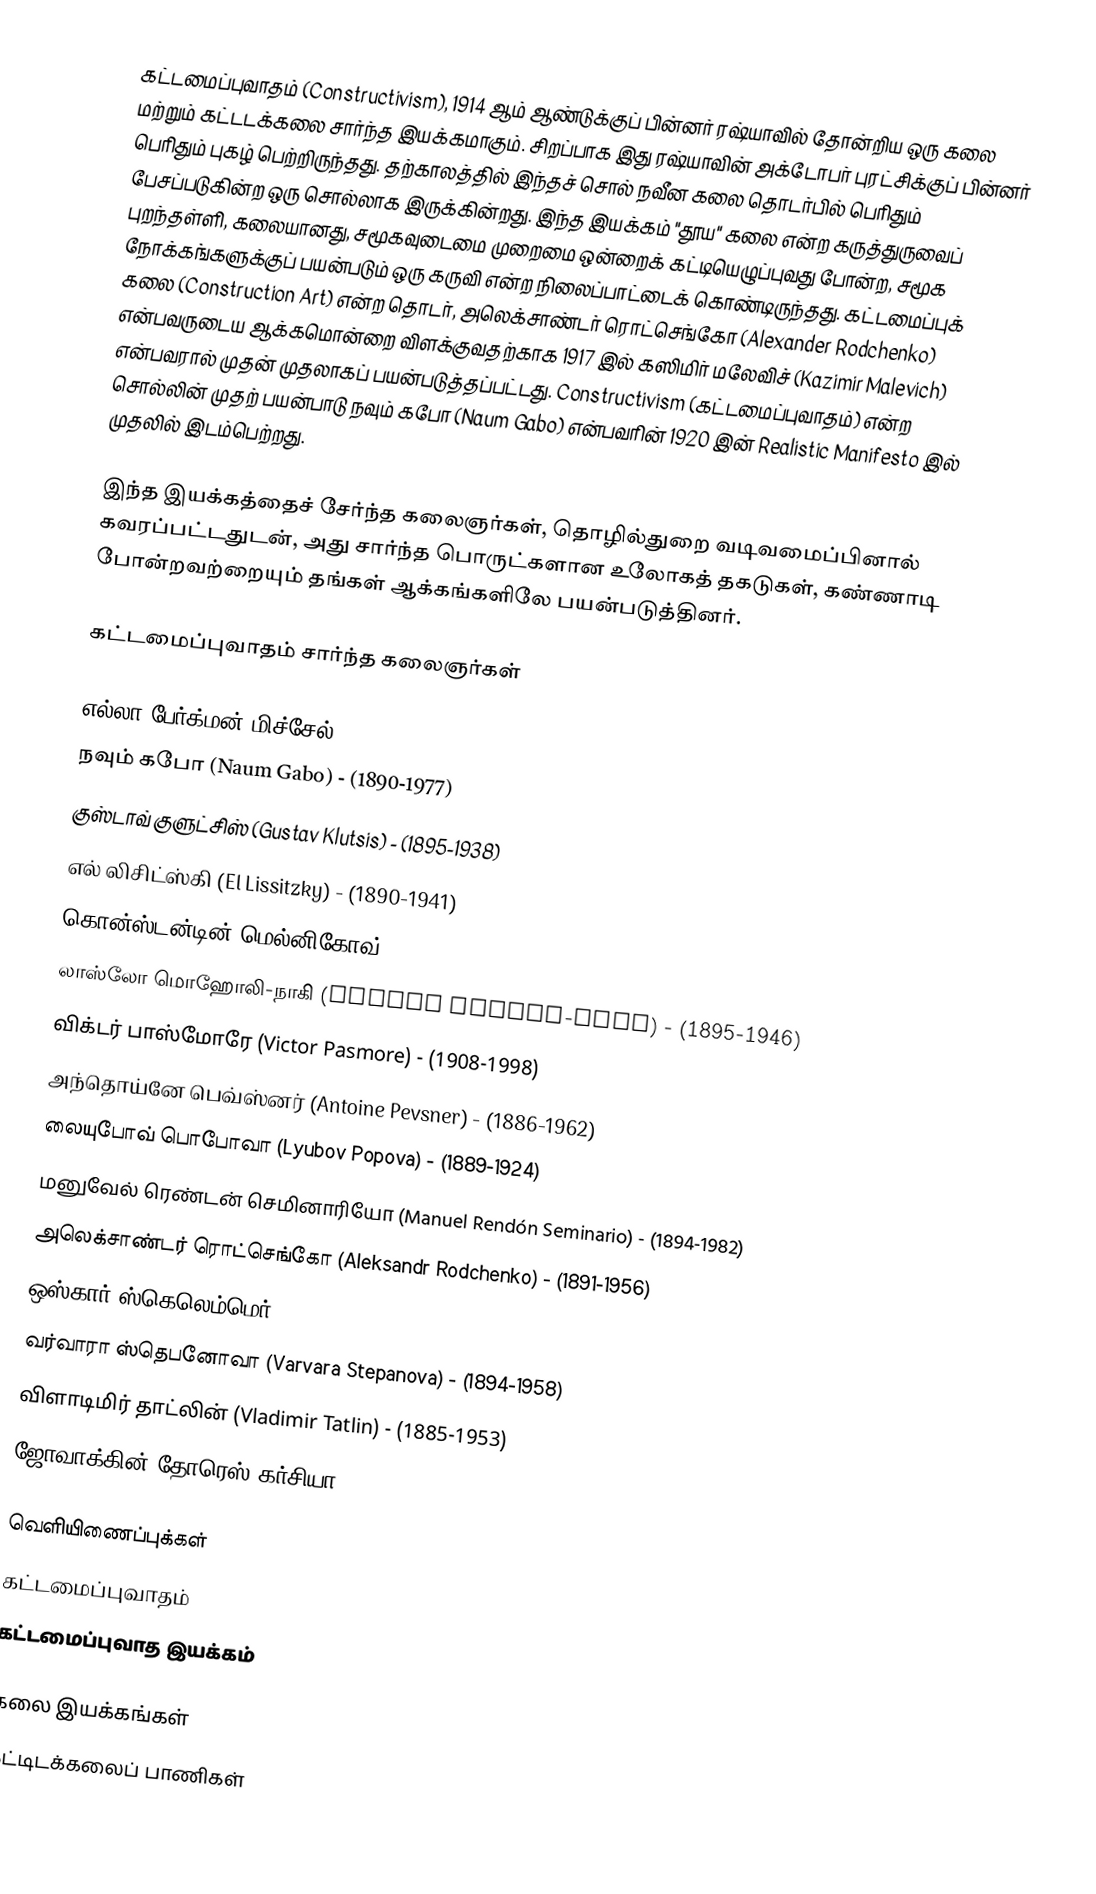
கட்டமைப்புவாதம் (Constructivism), 1914 ஆம் ஆண்டுக்குப் பின்னர் ரஷ்யாவில் தோன்றிய ஒரு கலை மற்றும் கட்டடக்கலை சார்ந்த இயக்கமாகும். சிறப்பாக இது ரஷ்யாவின் அக்டோபர் புரட்சிக்குப் பின்னர் பெரிதும் புகழ் பெற்றிருந்தது. தற்காலத்தில் இந்தச் சொல் நவீன கலை தொடர்பில் பெரிதும் பேசப்படுகின்ற ஒரு சொல்லாக இருக்கின்றது. இந்த இயக்கம் "தூய" கலை என்ற கருத்துருவைப் புறந்தள்ளி, கலையானது, சமூகவுடைமை முறைமை ஒன்றைக் கட்டியெழுப்புவது போன்ற, சமூக நோக்கங்களுக்குப் பயன்படும் ஒரு கருவி என்ற நிலைப்பாட்டைக் கொண்டிருந்தது. கட்டமைப்புக் கலை (Construction Art) என்ற தொடர், அலெக்சாண்டர் ரொட்செங்கோ (Alexander Rodchenko) என்பவருடைய ஆக்கமொன்றை விளக்குவதற்காக 1917 இல் கஸிமிர் மலேவிச் (Kazimir Malevich) என்பவரால் முதன் முதலாகப் பயன்படுத்தப்பட்டது. Constructivism (கட்டமைப்புவாதம்) என்ற சொல்லின் முதற் பயன்பாடு நவும் கபோ (Naum Gabo) என்பவரின் 1920 இன் Realistic Manifesto இல் முதலில் இடம்பெற்றது.

இந்த இயக்கத்தைச் சேர்ந்த கலைஞர்கள், தொழில்துறை வடிவமைப்பினால் கவரப்பட்டதுடன், அது சார்ந்த பொருட்களான உலோகத் தகடுகள், கண்ணாடி போன்றவற்றையும் தங்கள் ஆக்கங்களிலே பயன்படுத்தினர்.

கட்டமைப்புவாதம் சார்ந்த கலைஞர்கள்

எல்லா பேர்க்மன்-மிச்சேல் (Ella Bergmann-Michel) - (1896-1971)
நவும் கபோ (Naum Gabo) - (1890-1977)
குஸ்டாவ் குளுட்சிஸ் (Gustav Klutsis) - (1895-1938)
எல் லிசிட்ஸ்கி (El Lissitzky) - (1890-1941)
கொன்ஸ்டன்டின் மெல்னிகோவ் (Konstantin Melnikov) - (1890-1974)
லாஸ்லோ மொஹோலி-நாகி (László Moholy-Nagy) - (1895-1946)
விக்டர் பாஸ்மோரே (Victor Pasmore) - (1908-1998)
அந்தொய்னே பெவ்ஸ்னர் (Antoine Pevsner) - (1886-1962)
லையுபோவ் பொபோவா (Lyubov Popova) - (1889-1924)
மனுவேல் ரெண்டன் செமினாரியோ (Manuel Rendón Seminario) - (1894-1982)
அலெக்சாண்டர் ரொட்செங்கோ (Aleksandr Rodchenko) - (1891-1956)
ஒஸ்கார் ஸ்கெலெம்மெர் (Oskar Schlemmer) - (1888-1943)
வர்வாரா ஸ்தெபனோவா (Varvara Stepanova) - (1894-1958)
விளாடிமிர் தாட்லின் (Vladimir Tatlin) - (1885-1953)
ஜோவாக்கின் தோரெஸ் கர்சியா (Joaquin Torres Garcia) - (1874-1949)

வெளியிணைப்புக்கள்
 கட்டமைப்புவாதம்
 கட்டமைப்புவாத இயக்கம்

கலை இயக்கங்கள்
கட்டிடக்கலைப் பாணிகள்